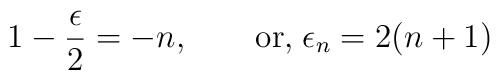
1-{\epsilon\over 2} = -n,\qquad {\rm or,}\;\epsilon_{n} =2(n+1)